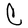
Character: C